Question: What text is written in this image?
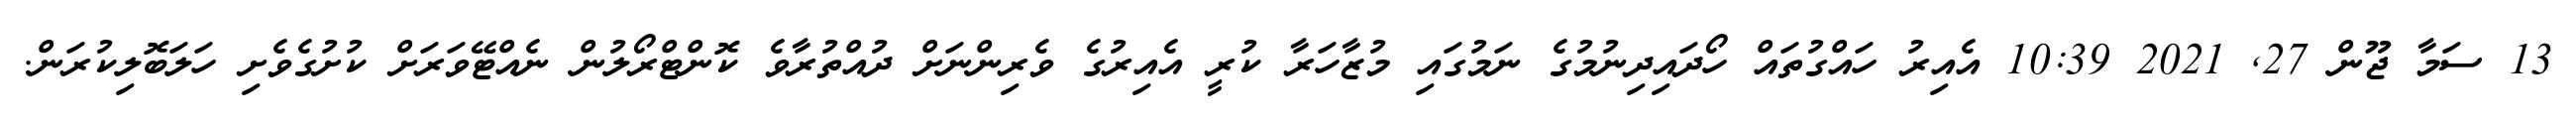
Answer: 13 ސަމާ ޖޫން 27, 2021 10:39 އެއިރު ހައްގުތައް ހޯދައިދިނުމުގެ ނަމުގައި މުޒާހަރާ ކުރީ އެއިރުގެ ވެރިންނަށް ދުއްތުރާވެ ކޮންޓްރޯލުން ނެއްޓޭވަރަށް ކުށުގެވެށި ހަލަބޮލިކުރަން.